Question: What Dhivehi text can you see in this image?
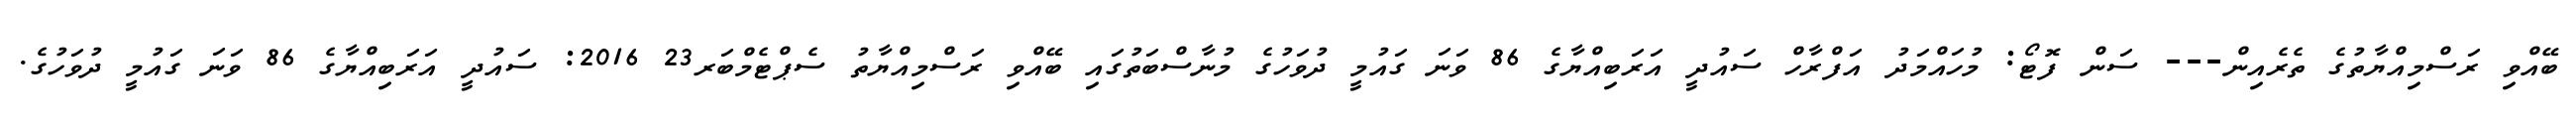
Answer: ބޭއްވި ރަސްމިއްޔާތުގެ ތެރެއިން--- ސަން ފޮޓޯ: މުހައްމަދު އަފްރާހް ސައުދީ އަރަބިއްޔާގެ 86 ވަނަ ގައުމީ ދުވަހުގެ މުނާސްބަތުގައި ބޭއްވި ރަސްމިއްޔާތު ސެޕްޓެމްބަރ23 2016: ސައުދީ އަރަބިއްޔާގެ 86 ވަނަ ގައުމީ ދުވަހުގެ.